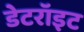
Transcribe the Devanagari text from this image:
डेटरॉइट